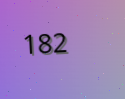
182